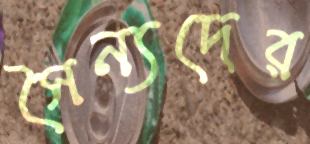
সৈন্যদের